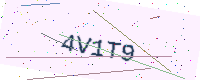
Text: 4V1T9